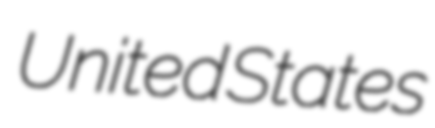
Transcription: United States